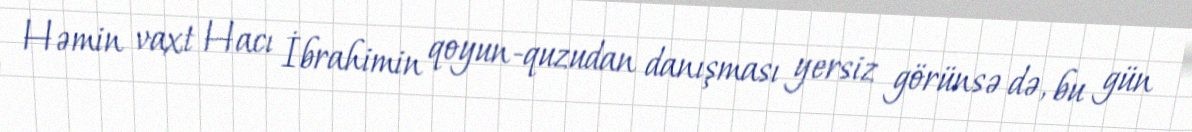
Həmin vaxt Hacı İbrahimin qoyun-quzudan danışması yersiz görünsə də, bu gün